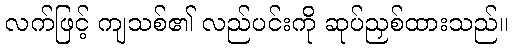
လက်ဖြင့် ကျသစ်၏ လည်ပင်းကို ဆုပ်ညှစ်ထားသည်။